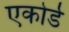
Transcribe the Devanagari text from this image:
एकोर्ड